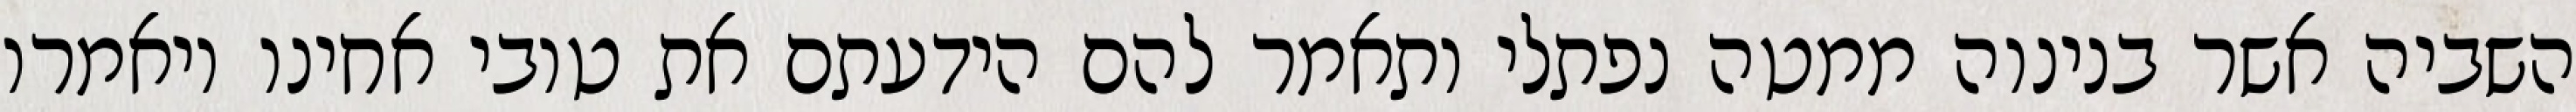
השביה אשר בנינוה ממטה נפתלי ותאמר להם הידעתם את טובי אחינו ויאמרו